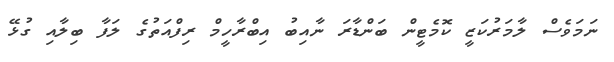
ނަމަވެސް ލާމަރުކަޒީ ކޮމެޓީން ބަންޑާރަ ނާއިބު އިބްރާހީމް ރިފްއަތުގެ ލަފާ ބިލާއި ގުޅޭ